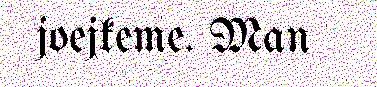
joejkeme. Man